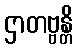
ဌာတဗ္ဗန္တိ